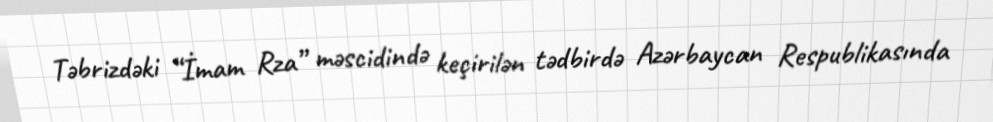
Təbrizdəki “İmam Rza” məscidində keçirilən tədbirdə Azərbaycan Respublikasında